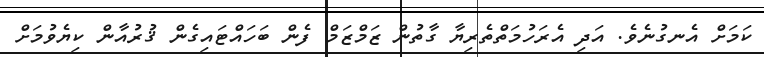
ކަމަށް އެނގުނެވެ. އަދި އެރަހުމަތްތެރިޔާ ގާތުން ޒަމްޒަމް ފެން ބަހައްޓައިގެން ޤުރުއާން ކިޔެވުމަށް